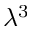
\lambda ^ { 3 }